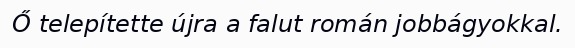
Ő telepítette újra a falut román jobbágyokkal.